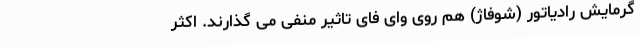
گرمایش رادیاتور (شوفاژ) هم روی وای فای تاثیر منفی می گذارند. اکثر